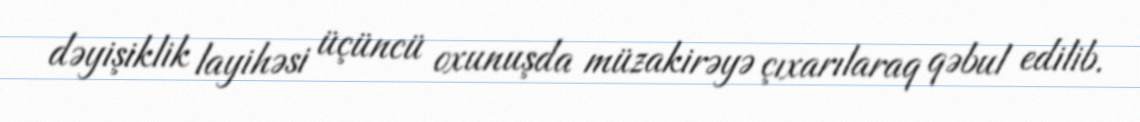
dəyişiklik layihəsi üçüncü oxunuşda müzakirəyə çıxarılaraq qəbul edilib.